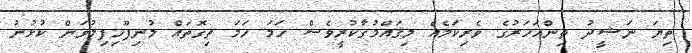
ތިޔަ ނަޝީދު ތިންއަހަރުގެ ވެރިކަމެއް މިޤައްމުގާކުރީވެސް ހަމަ ހަމަ ތިގޮތައް މުނިފޫހިފިލުވަން ކުޅުނު